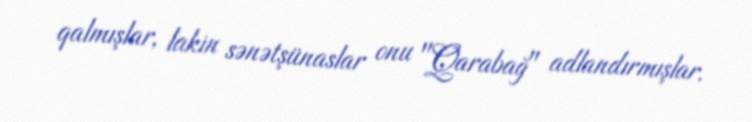
qalmışlar, lakin sənətşünaslar onu "Qarabağ" adlandırmışlar.